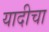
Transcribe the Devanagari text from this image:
यादीचा